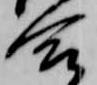
合